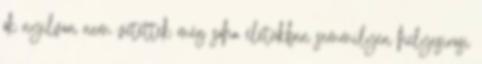
ők nyilván nem vétettek még soha életükben semmilyen helyesí­rási